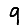
Digit: 9